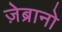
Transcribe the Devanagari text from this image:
ज़ेब्रानो